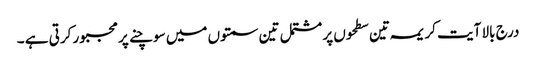
درج بالا آیت کریمہ تین سطحوں پر مشتمل تین سمتوں میں سوچنے پر مجبور کرتی ہے ۔